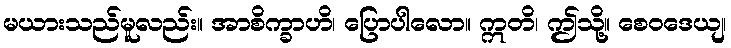
မယားသည်မူလည်း။ အာစိက္ခာဟိ၊ ပြောပါလော။ ဣတိ၊ ဤသို့။ စေဝဒေယျ၊